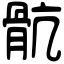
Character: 骯